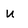
Character: U